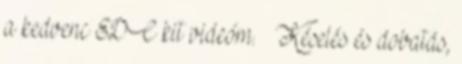
a kedvenc EDC kit videóm.  Késelés és dobatás,